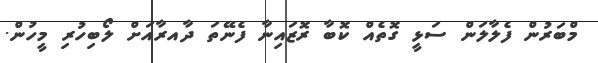
މްބަރުން ފެލާލަން ސަޅީ ގޮތެއް ކޮބާ ރޮޒައިނާ ފެނޭތަ ދާއރާއަށް ލޯބިހުރި މީހުން.